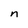
Character: n